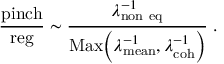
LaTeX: { \frac { \mathrm { p i n c h } } { \mathrm { r e g } } } \sim { \frac { \lambda _ { \mathrm { n o n \ e q } } ^ { - 1 } } { \mathrm { M a x } \Big ( \lambda _ { \mathrm { m e a n } } ^ { - 1 } , \lambda _ { \mathrm { c o h } } ^ { - 1 } \Big ) } } \; .